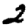
Digit: 2